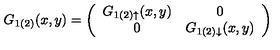
G _ { 1 ( 2 ) } ( x , y ) = \left( \begin{array} { c c } { G _ { 1 ( 2 ) \uparrow } ( x , y ) } & { 0 \nonumber } \\ { 0 } & { G _ { 1 ( 2 ) \downarrow } ( x , y ) } \\ \end{array} \right)